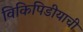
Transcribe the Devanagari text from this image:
विकिपिडीयाची